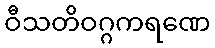
ဝီသတိဝဂ္ဂကရဏေ